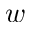
w